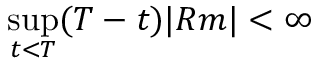
\operatorname* { s u p } _ { t < T } ( T - t ) | R m | < \infty